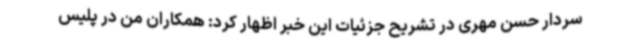
سردار حسن مهری در تشریح جزئیات این خبر اظهار کرد: همکاران من در پلیس